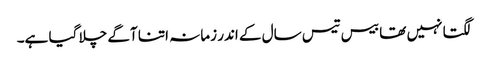
لگتا نہیں تھا بیس تیس سال کے اندر زمانہ اتنا آگے چلا گیا ہے۔